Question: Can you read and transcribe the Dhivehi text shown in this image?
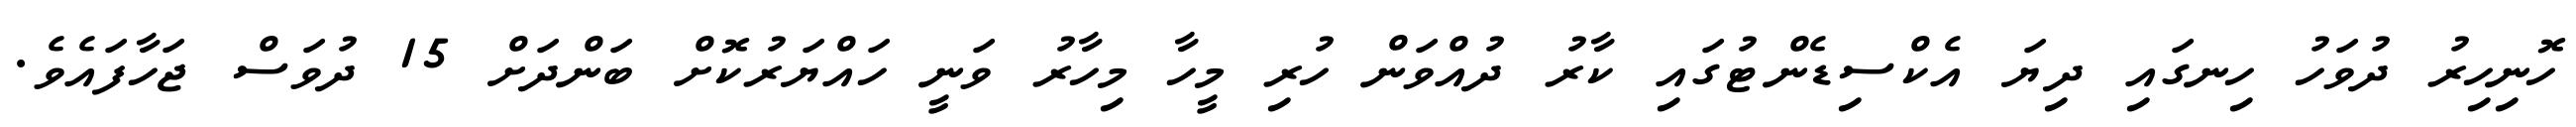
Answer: ހޮނިހިރު ދުވަހު ހިނގައި ދިޔަ އެކްސިޑެންޓުގައި ކާރު ދުއްވަން ހުރި މީހާ މިހާރު ވަނީ ހައްޔަރުކޮށް ބަންދަށް 15 ދުވަސް ޖަހާފައެވެ.